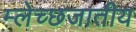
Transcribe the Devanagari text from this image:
म्लेच्छजातीय